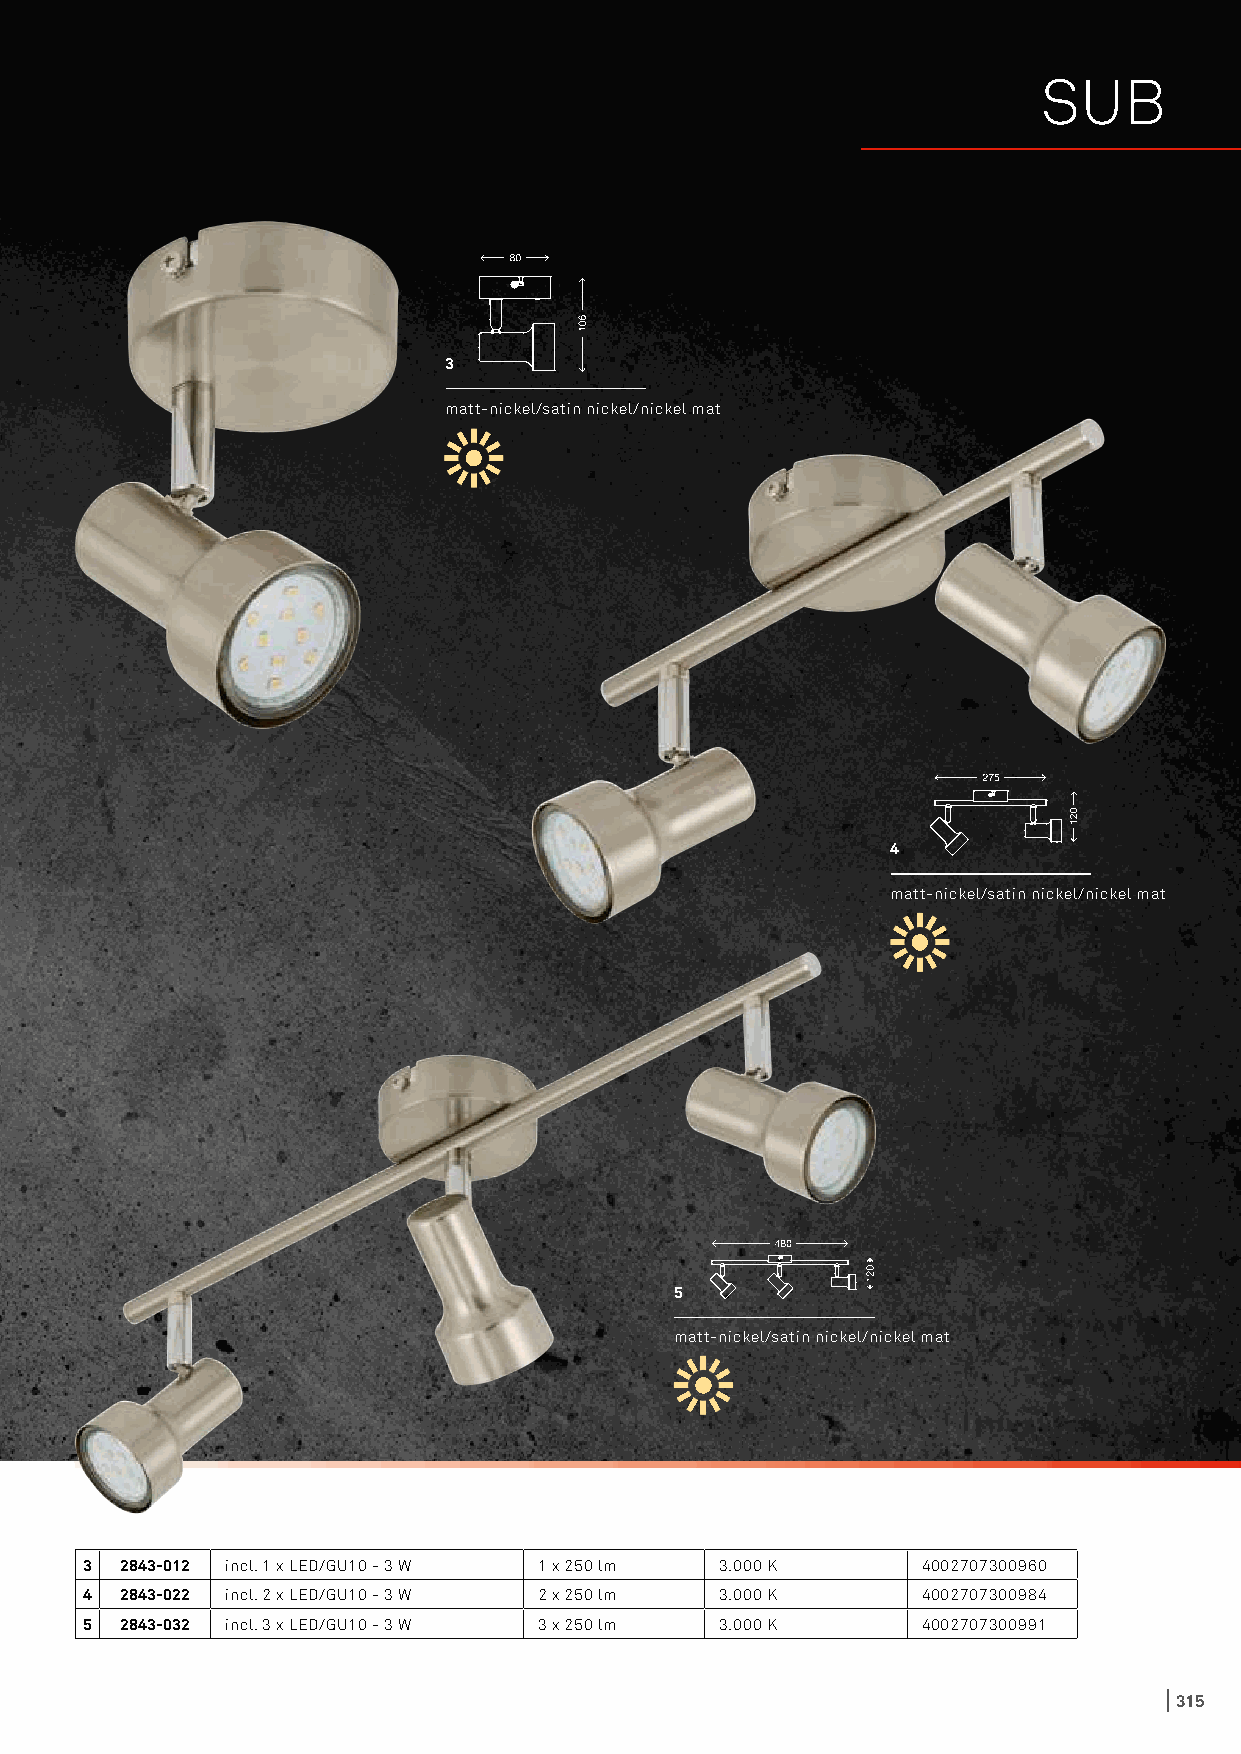
SUB
 3
 matt-nickel/satin nickel/nickel mat
 4
 matt-nickel/satin nickel/nickel mat
 5
 matt-nickel/satin nickel/nickel mat
 3 2843-012 incl. 1 x LED/GU10 - 3 W 1 x 250 lm 3.000 K 4002707300960
 4 2843-022 incl. 2 x LED/GU10 - 3 W 2 x 250 lm 3.000 K 4002707300984
 5 2843-032 incl. 3 x LED/GU10 - 3 W 3 x 250 lm 3.000 K 4002707300991
 315